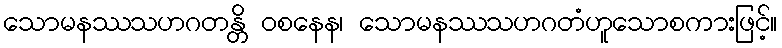
သောမနဿသဟဂတန္တိ ဝစနေန၊ သောမနဿသဟဂတံဟူသောစကားဖြင့်။